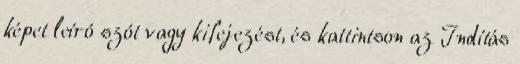
képet leíró szót vagy kifejezést, és kattintson az Indítás